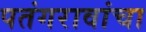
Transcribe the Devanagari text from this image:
पतंगरावांचा